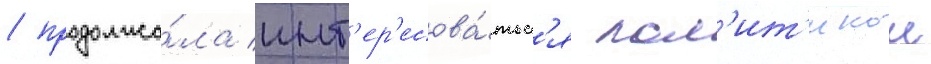
/ продолжа́ла инт'ер'есова́тьс'я пол'ит'икои